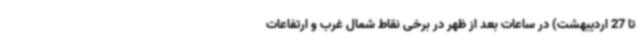
تا 27 اردیبهشت) در ساعات بعد از ظهر در برخی نقاط شمال غرب و ارتفاعات